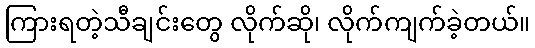
ကြားရတဲ့သီချင်းတွေ လိုက်ဆို၊ လိုက်ကျက်ခဲ့တယ်။